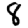
Digit: 8